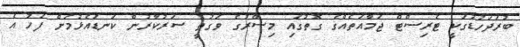
ބުރަދަހުޑުގަކީ ޓެރިސްޓް ޖަމާއަތެއްގެ ގޮތުގައި މިސްރުގެ ވަގުތީ ސަރުކާރުން ކަނޑައެޅުމަށް ފަހު އެ